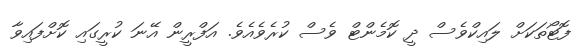
ފޮޓޯތަކަށް ލައިކްވެސް ދީ ކޮމެންޓް ވެސް ކުރެވެއެވެ. އަފްރީން އޭނަ ކުރީގައި ކޮށްފައިވާ